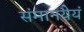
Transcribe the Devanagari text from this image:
संमानयेयं